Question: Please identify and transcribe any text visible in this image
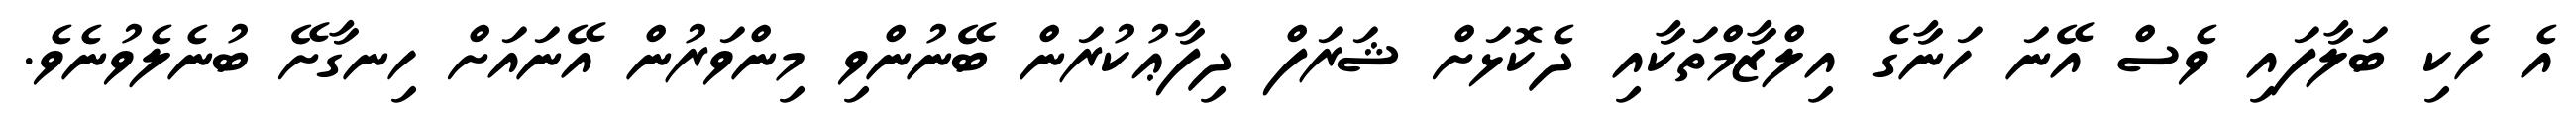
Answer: އެ ހެކި ބަލާފައި ވެސް އޭނަ ހަނާގެ އިލްޒާމްތަކާއި ދެކޮޅަށް ޝަރަފް ދިފާޢުކުރަން ބޭނުންވި މިންވަރުން އޭނައަށް ހިނގާށޭ ބުނެލެވުނެވެ.